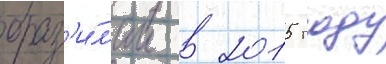
браз'и́л'ии в 2015 году